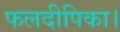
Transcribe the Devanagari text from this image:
फलदीपिका।